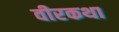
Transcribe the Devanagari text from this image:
वीरकथा